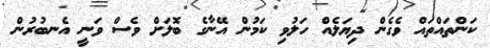
ކަންތައްތައް ވެގެން ދިޔަލެއް ހަލުވި ކަމުން އޭނާގެ ބޮލަށް ވެސް ވަނީ އެނބުރުން